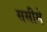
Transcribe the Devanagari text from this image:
ससीमे